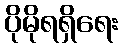
ပိုမိုရရှိရေး